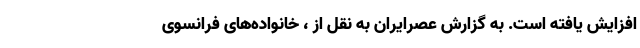
افزایش یافته است. به گزارش عصرایران به نقل از ، خانواده‌های فرانسوی